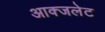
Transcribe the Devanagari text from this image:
आक्जलेट